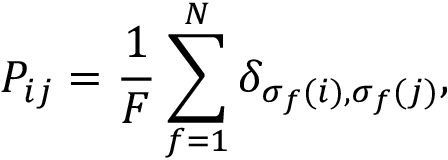
P _ { i j } = \frac { 1 } { F } \sum _ { f = 1 } ^ { N } \delta _ { \sigma _ { f } ( i ) , \sigma _ { f } ( j ) } ,